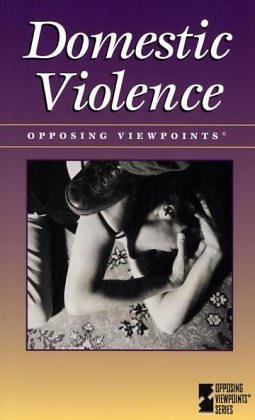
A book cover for Domestic Violence (Opposing Viewpoints); Teen & Young Adult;